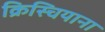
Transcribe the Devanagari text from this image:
क्रिस्चियाना